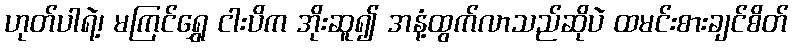
ဟုတ်ပါရဲ့၊ မကြင်ရွှေ ငါးပိက အိုးဆူ၍ အနံ့ထွက်လာသည်ဆိုပဲ ထမင်းစားချင်စိတ်